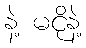
နဲ့ မငိုနဲ့